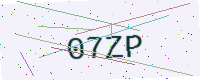
Text: 07ZP